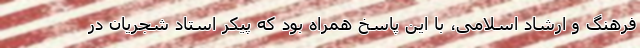
فرهنگ و ارشاد اسلامی، با این پاسخ همراه بود که پیکر استاد شجریان در